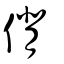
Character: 偝